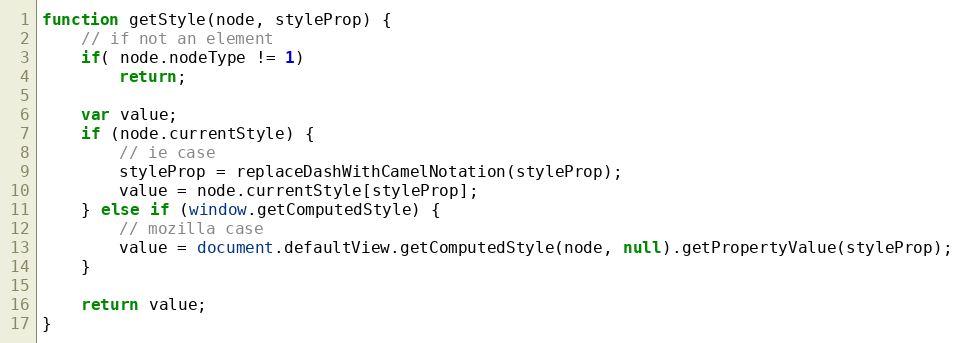
Language: JavaScript
function getStyle(node, styleProp) {
	// if not an element
	if( node.nodeType != 1)
		return;

	var value;
	if (node.currentStyle) {
		// ie case
		styleProp = replaceDashWithCamelNotation(styleProp);
		value = node.currentStyle[styleProp];
	} else if (window.getComputedStyle) {
		// mozilla case
		value = document.defaultView.getComputedStyle(node, null).getPropertyValue(styleProp);
	}

	return value;
}